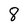
Character: 8